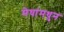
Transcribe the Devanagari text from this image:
मेघांमधुन